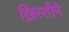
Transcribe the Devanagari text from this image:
ख्रिस्तीने